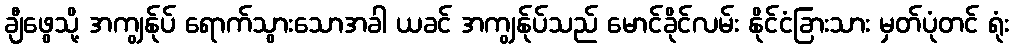
ချီဖွေသို့ အကျွန်ုပ် ရောက်သွားသောအခါ ယခင် အကျွန်ုပ်သည် မောင်ခိုင်လမ်း နိုင်ငံခြားသား မှတ်ပုံတင် ရုံး